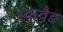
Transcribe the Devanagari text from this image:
स्कवैड